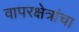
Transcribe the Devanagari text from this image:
वापरक्षेत्रांचा